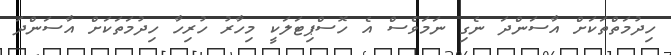
ހިދުމަތްތަކަށް އާސަންދަ ނެގި ނަމަވެސް އެ ހޮސްޕިޓަލަކީ މިހާރު ހުރިހާ ހިދުމަތަކަށް އާސަންދަ